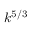
k ^ { 5 / 3 }